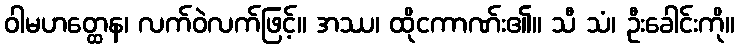
ဝါမဟတ္ထေန၊ လက်ဝဲလက်ဖြင့်။ အဿ၊ ထိုငကာဏ်း၏။ သီ သံ၊ ဦးခေါင်းကို။